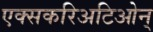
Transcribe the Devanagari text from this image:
एक्सकरिअटिओन्